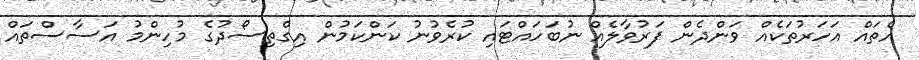
އެތައް އަހަރުތަކެއް ވަންދެން ފަރުވާލެއް ނުބަހައްޓައި ކުރެވުނު ކަންކަމުން އިގްތިސޯދުގެ މުހިންމު އަސާސްތައް